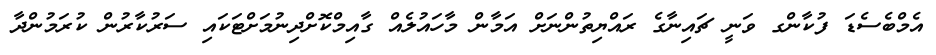
އެމްބެސެޑަ ފުކާންގ ވަނީ ޗައިނާގެ ރައްޔިތުންނަށް އަމާން މާހައުލެއް ގާއިމްކޮށްދިނުމަށްޓަކައި ސަރުކާރުން ކުރަމުންދާ